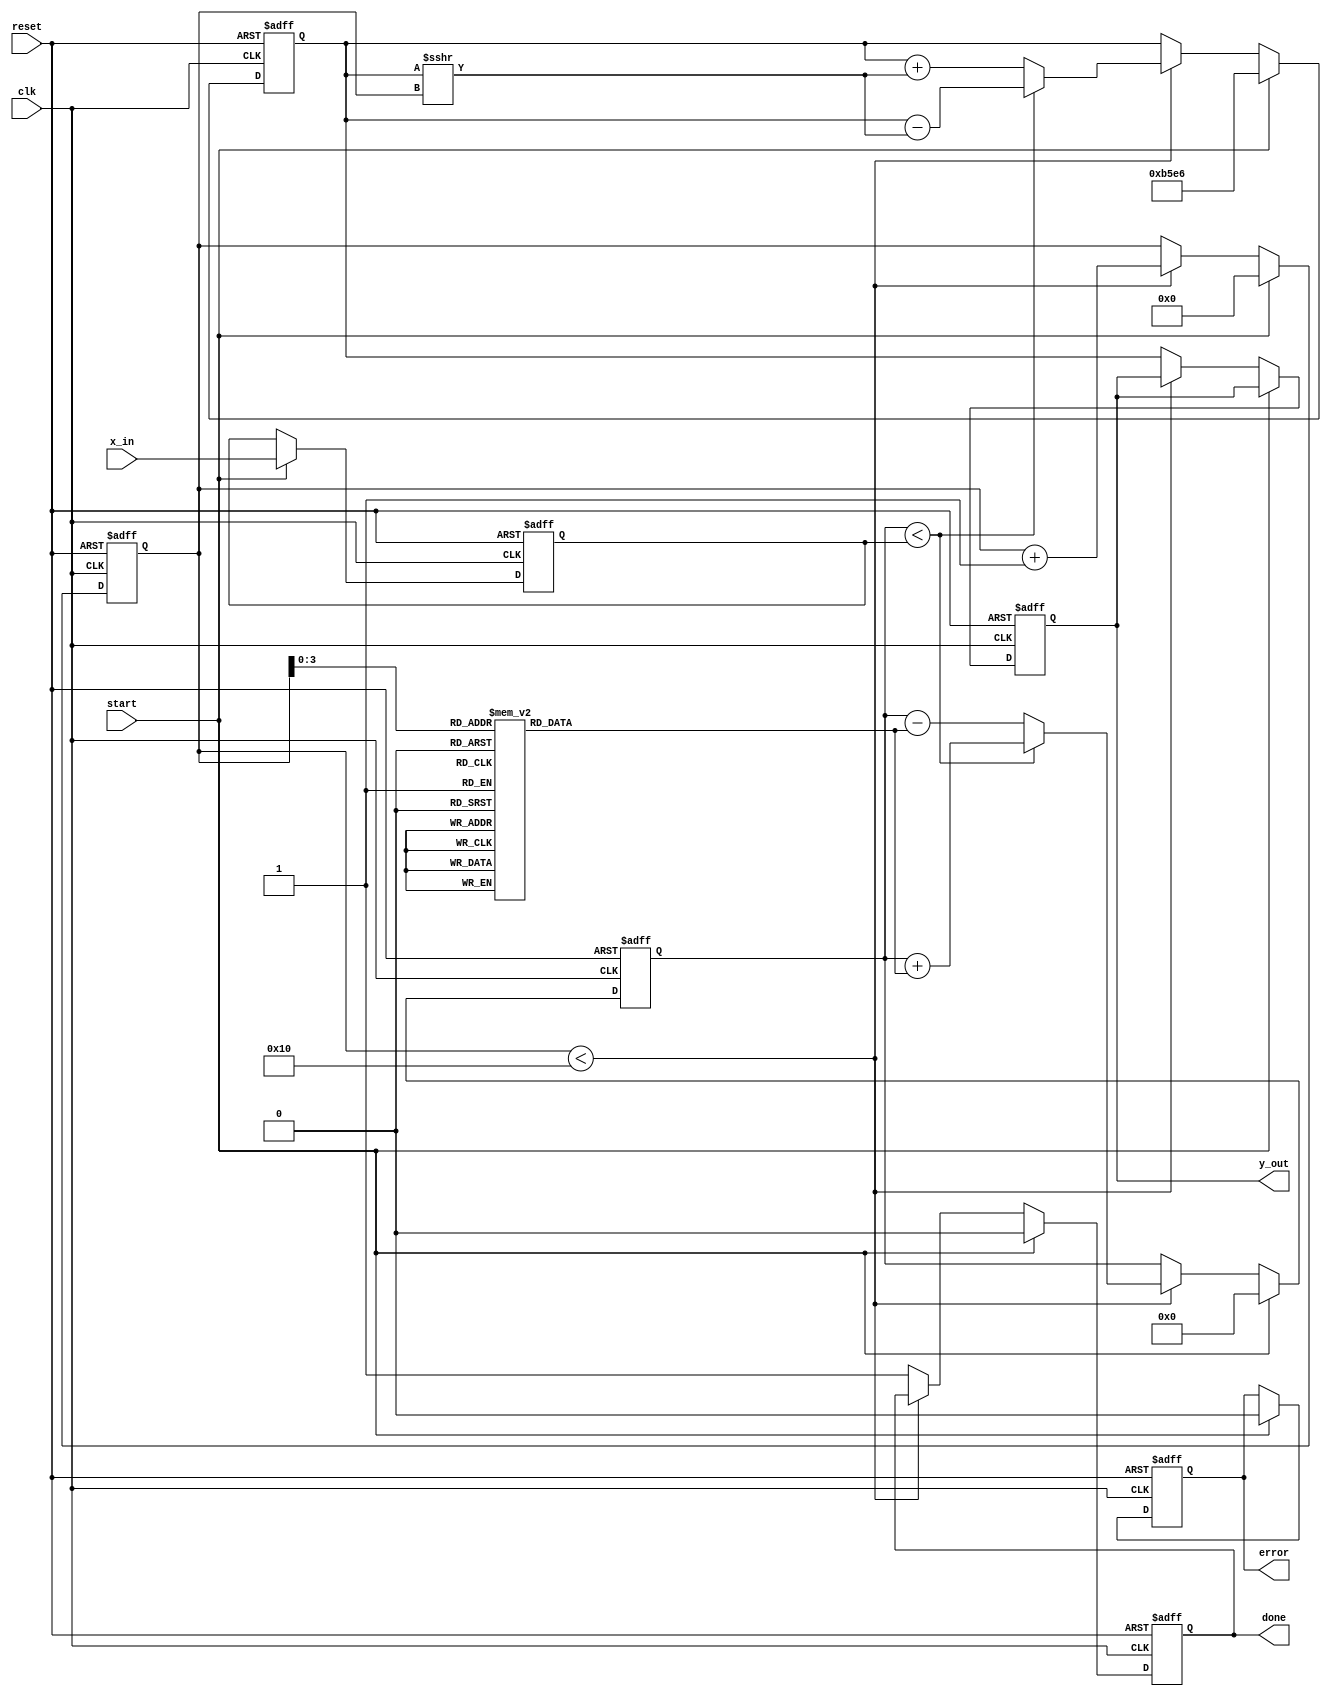
module cordic_exponential #(
    parameter DATA_WIDTH = 16,      // Input data width
    parameter ITERATIONS = 16,       // Number of CORDIC iterations
    parameter FIXED_POINT_FRACTION = 8 // Fractional bits for fixed-point representation
)(
    input wire clk,
    input wire reset,
    input wire start,
    input wire [DATA_WIDTH-1:0] x_in, // Input exponent
    output reg [DATA_WIDTH-1:0] y_out, // Output result
    output reg done,                  // Calculation complete signal
    output reg error                  // Error signal
);

    // Internal registers
    reg [DATA_WIDTH-1:0] x_reg; // X register
    reg [DATA_WIDTH-1:0] y_reg; // Y register
    reg [DATA_WIDTH-1:0] z_reg; // Z register (angle accumulator)
    reg [4:0] iteration;        // Iteration counter
    reg [DATA_WIDTH-1:0] angle_table [0:ITERATIONS-1]; // Angle lookup table

    // Scaling factor for CORDIC
    localparam SCALING_FACTOR = 16'hB5E6; // Approximation of 1/K for K = 1/sqrt(2)

    // Initialize angle lookup table for exponential calculations
    initial begin
        angle_table[0] = 16'h0000; // atan(0)
        angle_table[1] = 16'h1C71; // atan(1/2^1)
        angle_table[2] = 16'h1A62; // atan(1/2^2)
        angle_table[3] = 16'h186A; // atan(1/2^3)
        angle_table[4] = 16'h1780; // atan(1/2^4)
        angle_table[5] = 16'h16C8; // atan(1/2^5)
        angle_table[6] = 16'h1635; // atan(1/2^6)
        angle_table[7] = 16'h15D0; // atan(1/2^7)
        angle_table[8] = 16'h158A; // atan(1/2^8)
        angle_table[9] = 16'h1554; // atan(1/2^9)
        angle_table[10] = 16'h1530; // atan(1/2^10)
        angle_table[11] = 16'h151C; // atan(1/2^11)
        angle_table[12] = 16'h150D; // atan(1/2^12)
        angle_table[13] = 16'h1500; // atan(1/2^13)
        angle_table[14] = 16'h14F5; // atan(1/2^14)
        angle_table[15] = 16'h14EC; // atan(1/2^15)
    end

    // State machine for CORDIC iterations
    always @(posedge clk or posedge reset) begin
        if (reset) begin
            x_reg <= 0;
            y_reg <= SCALING_FACTOR; // Initial value for y
            z_reg <= 0;
            iteration <= 0;
            done <= 0;
            error <= 0;
            y_out <= 0;
        end else if (start) begin
            // Load input and reset iteration counter
            x_reg <= x_in;
            y_reg <= SCALING_FACTOR;
            z_reg <= 0;
            iteration <= 0;
            done <= 0;
            error <= 0;
        end else if (iteration < ITERATIONS) begin
            // CORDIC iteration
            if (z_reg < x_reg) begin
                // Rotate positively
                y_reg <= y_reg - (y_reg >>> iteration);
                z_reg <= z_reg + angle_table[iteration];
            end else begin
                // Rotate negatively
                y_reg <= y_reg + (y_reg >>> iteration);
                z_reg <= z_reg - angle_table[iteration];
            end
            iteration <= iteration + 1;
        end else begin
            // Calculation complete
            y_out <= y_reg;
            done <= 1;
        end
    end

endmodule